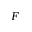
F